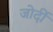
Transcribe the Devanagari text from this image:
जोर्दी